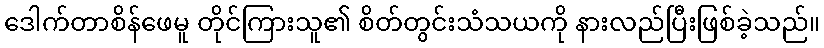
ဒေါက်တာစိန်ဖေမူ တိုင်ကြားသူ၏ စိတ်တွင်းသံသယကို နားလည်ပြီးဖြစ်ခဲ့သည်။